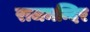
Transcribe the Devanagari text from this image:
राजमन्दिर